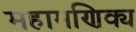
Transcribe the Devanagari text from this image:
महामणिक्य